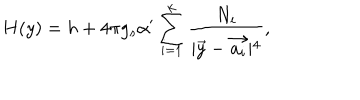
LaTeX: H ( y ) = h + 4 \pi g _ { s } \alpha ^ { \prime } \sum _ { i = 1 } ^ { k } \frac { N _ { i } } { \mid \vec { y } - \vec { a _ { i } } \mid ^ { 4 } } ,